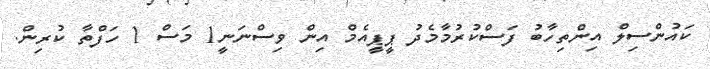
ކައުންސިލް އިންތިހާބު ފަސްކުރުމާމެދު ޕީޕީއެމް އިން ވިސްނަނީ1 މަސް 1 ހަފްތާ ކުރިން.